Indian journal of veterinary science and animal husbandry - Volumes 15-17, 1948-1951
Year: 1948
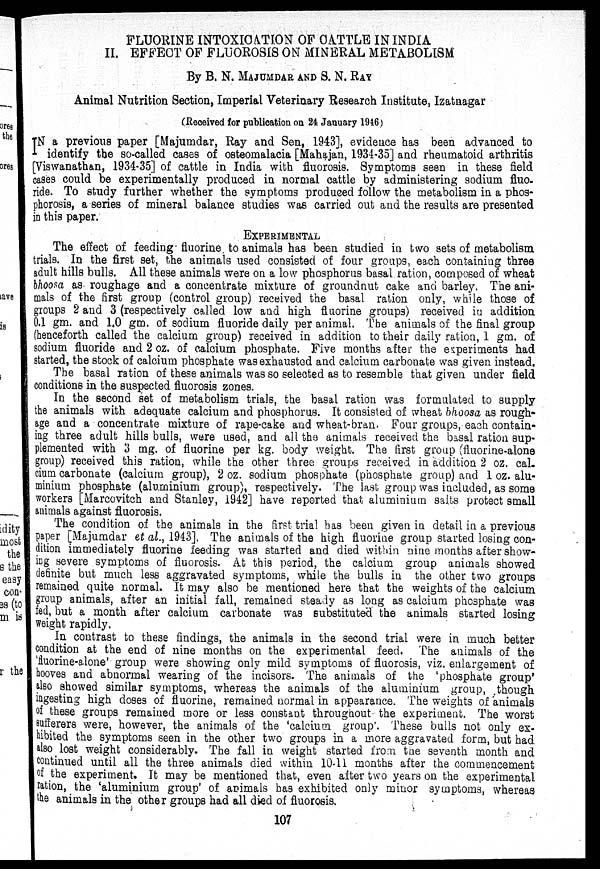
FLUORINE INTOXICATION OF CATTLE IN INDIA
II. EFFECT OF FLUOROSIS ON MINERAL METABOLISM
By B. N. MAJUMDAR AND S. N. RAY
Animal Nutrition Section, Imperial Veterinary Research Institute, Izatnagar
(Received for publication on 24 January 1946)
IN a previous paper [Majumdar, Ray and Sen, 1943], evidence has been advanced to
identify the so-called cases of osteomalacia [Mahajan, 1934-35] and rheumatoid arthritis
[Viswanathan, 1934-35] of cattle in India with fluorosis. Symptoms seen in these field
cases could be experimentally produced in normal cattle by administering sodium fluo-
ride. To study further whether the symptoms produced follow the metabolism in a phos-
phorosis, a series of mineral balance studies was carried out and the results are presented
in this paper.
EXPERIMENTAL
The effect of feeding fluorine to animals has been studied in two sets of metabolism
trials. In the first set, the animals used consisted of four groups, each containing three
adult hills bulls. All these animals were on a low phosphorus basal ration, composed of wheat
bhoosa as roughage and a concentrate mixture of groundnut cake and barley. The ani-
mals of the first group (control group) received the basal ration only, while those of
groups 2 and 3 (respectively called low and high fluorine groups) received in addition
0.1 gm. and 1.0 gm. of sodium fluoride daily per animal. The animals of the final group
(henceforth called the calcium group) received in addition to their daily ration, 1 gm. of
sodium fluoride and 2 oz. of calcium phosphate. Five months after the experiments had
started, the stock of calcium phosphate was exhausted and calcium carbonate was given instead.
The basal ration of these animals was so selected as to resemble that given under field
conditions in the suspected fluorosis zones.
In the second set of metabolism trials, the basal ration was formulated to supply
the animals with adequate calcium and phosphorus. It consisted of wheat bhoosa as rough-
age and a concentrate mixture of rape-cake and wheat-bran. Four groups, each contain-
ing three adult hills bulls, were used, and all the animals received the basal ration sup-
plemented with 3 mg. of fluorine per kg. body weight. The first group (fluorine-alone
group) received this ration, while the other three groups received in addition 2 oz. cal-
cium carbonate (calcium group), 2 oz. sodium phosphate (phosphate group) and 1 oz. alu-
minium phosphate (aluminium group), respectively. The last group was included, as some
workers [Marcovitch and Stanley, 1942] have reported that aluminium salts protect small
animals against fluorosis.
The condition of the animals in the first trial has been given in detail in a previous
paper [Majumdar et al., 1943]. The animals of the high fluorine group started losing con-
dition immediately fluorine feeding was started and died within nine months after show-
ing severe symptoms of fluorosis. At this period, the calcium group animals showed
definite but much less aggravated symptoms, while the bulls in the other two groups
remained quite normal. It may also be mentioned here that the weights of the calcium
group animals, after an initial fall, remained steady as long as calcium phosphate was
fed, but a month after calcium carbonate was substituted the animals started losing
weight rapidly.
In contrast to these findings, the animals in the second trial were in much better
condition at the end of nine months on the experimental feed. The animals of the
'fluorine-alone' group were showing only mild symptoms of fluorosis, viz. enlargement of
hooves and abnormal wearing of the incisors. The animals of the 'phosphate group'
also showed similar symptoms, whereas the animals of the aluminium group, though
ingesting high doses of fluorine, remained normal in appearance. The weights of animals
of these groups remained more or less constant throughout the experiment. The worst
sufferers were, however, the animals of the 'calcium group'. These bulls not only ex-
hibited the symptoms seen in the other two groups in a more aggravated form, but had
also lost weight considerably. The fall in weight started from the seventh month and
continued until all the three animals died within 10-11 months after the commencement
of the experiment It may be mentioned that, even after two years on the experimental
ration, the 'aluminium group' of animals has exhibited only minor symptoms, whereas
the animals in the other groups had all died of fluorosis.
107